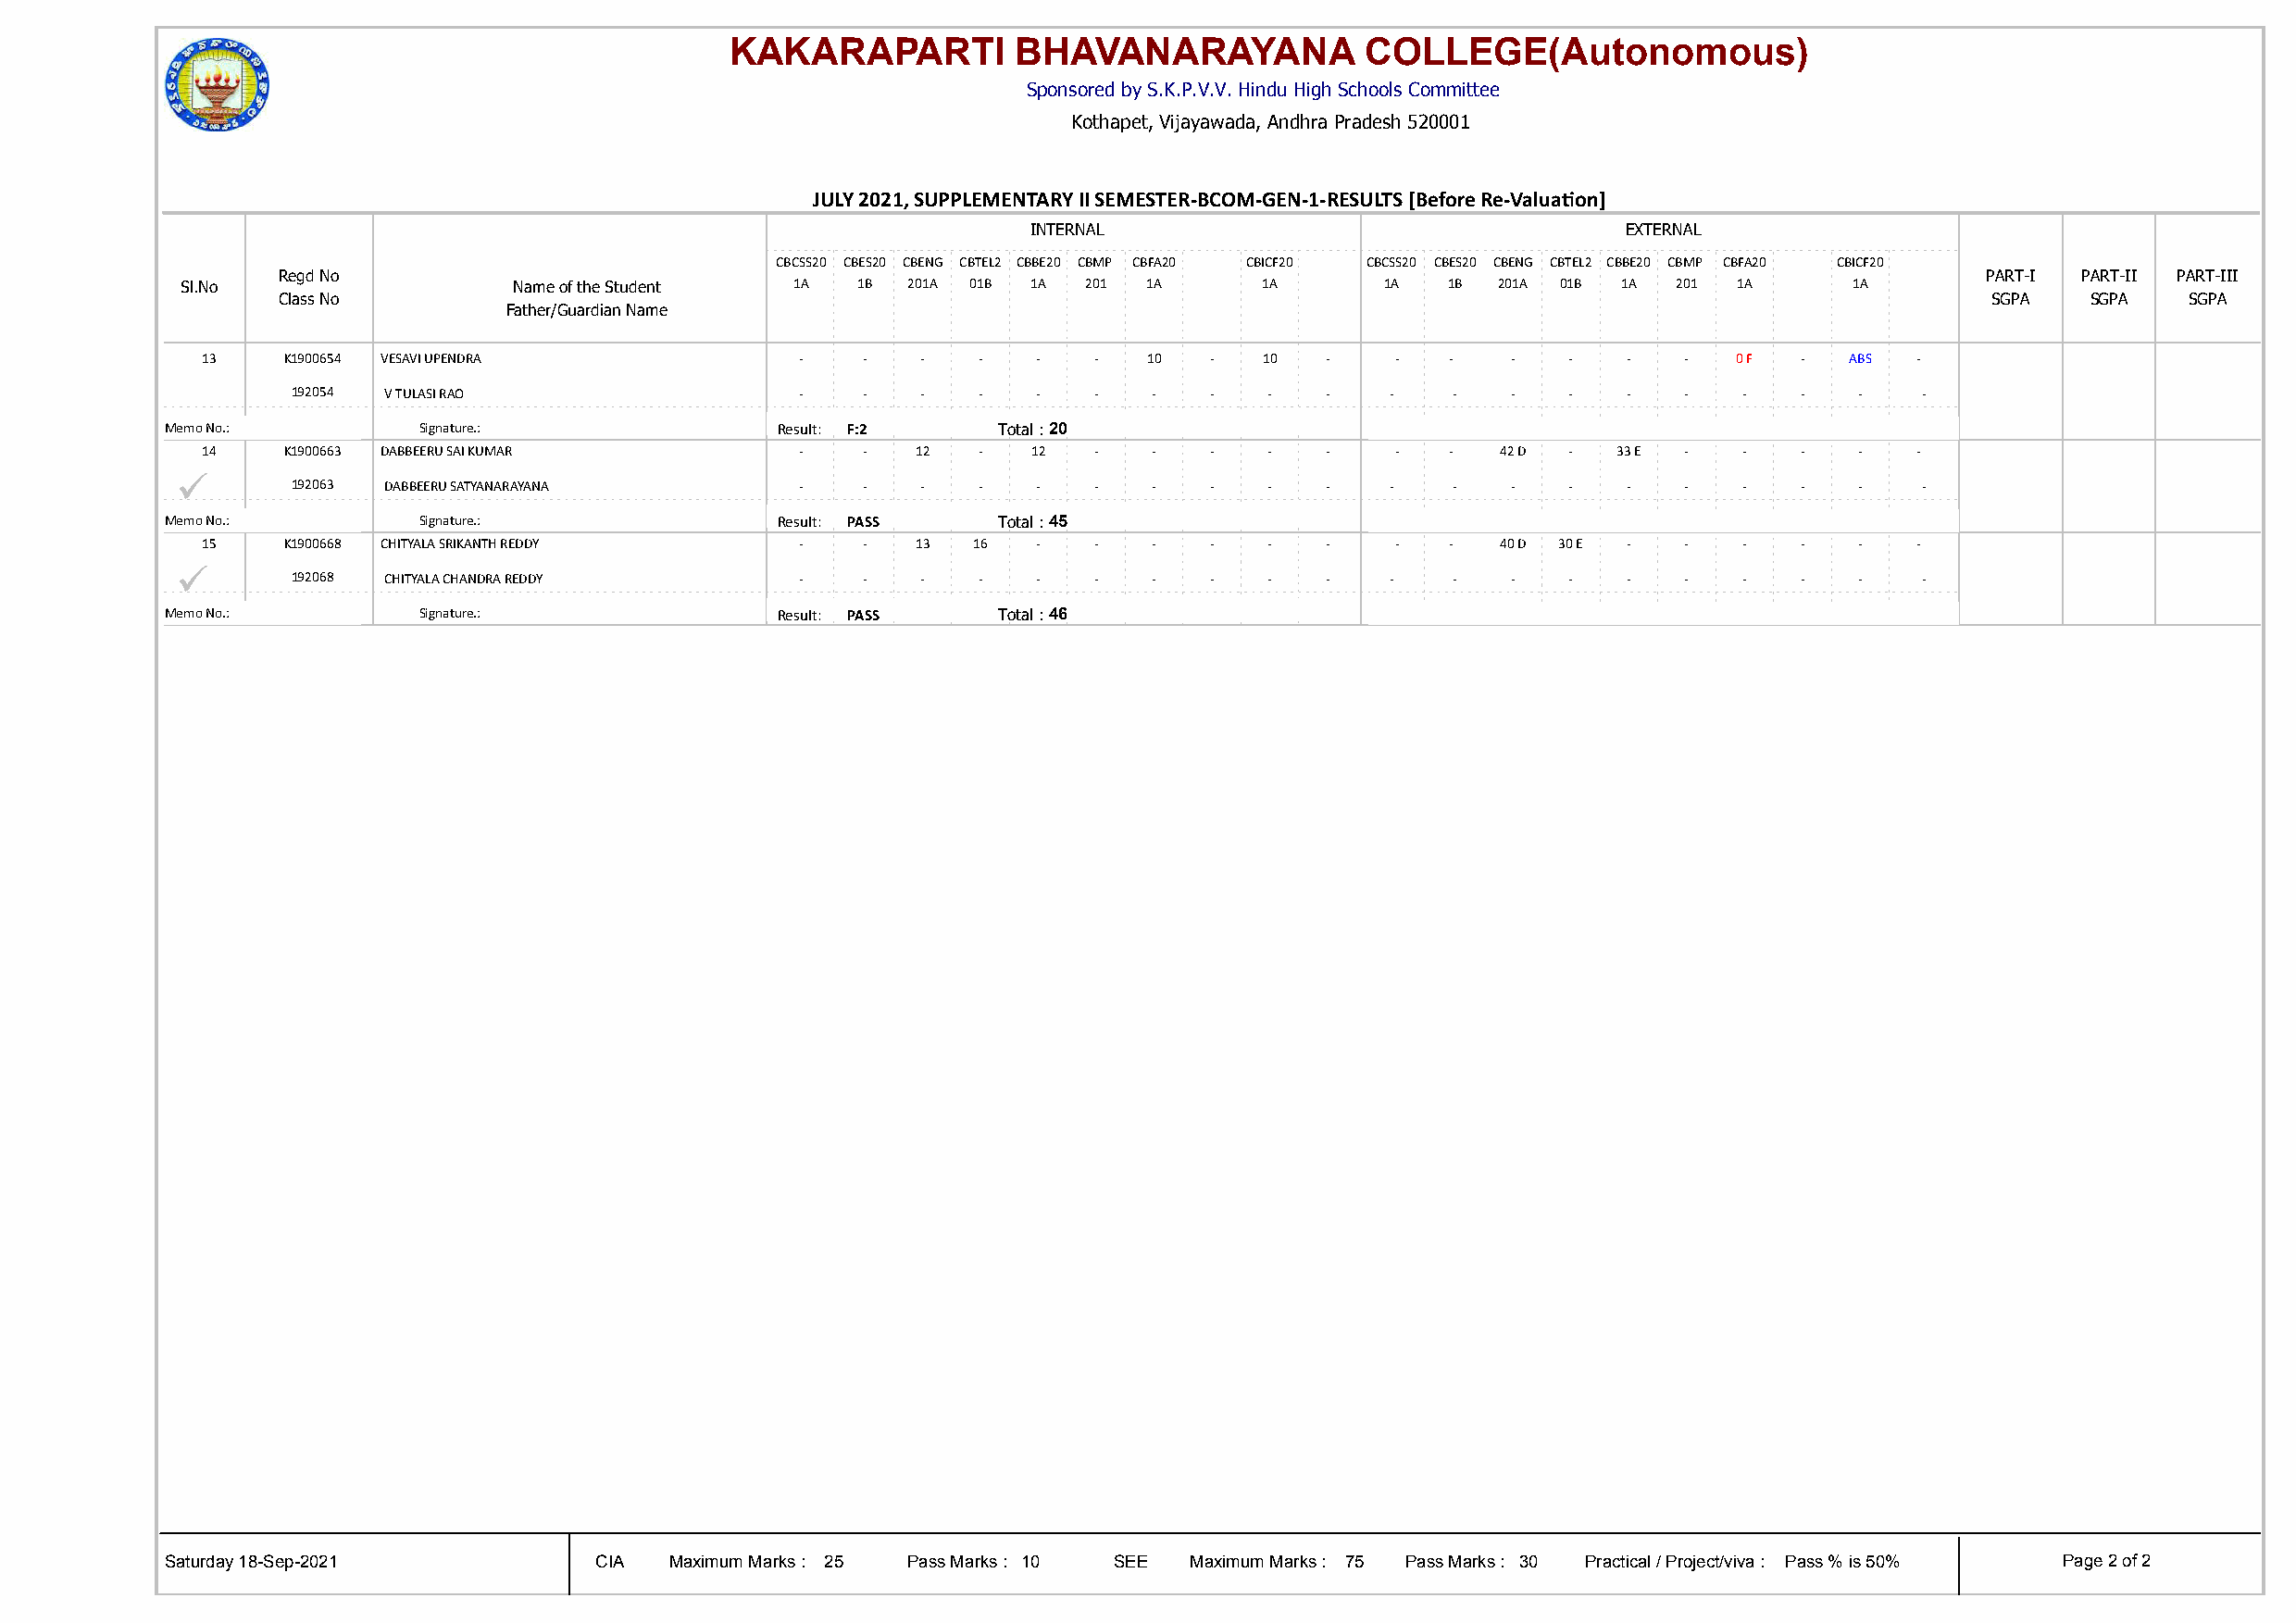
KAKARAPARTI          BHAVANARAYANA            COLLEGE(Autonomous)
 Sponsored by S.K.P.V.V. Hindu High Schools Committee
 Kothapet, Vijayawada, Andhra Pradesh 520001
 JULY 2021, SUPPLEMENTARY II SEMESTER-BCOM-GEN-1-RESULTS [Before Re-Valuaton]
 INTERNAL                                  EXTERNAL
 CBCSS20 CBES20 CBENG CBTEL2 CBBE20 CBMP CBFA20 CBICF20 CBCSS20 CBES20 CBENG CBTEL2 CBBE20 CBMP CBFA20 CBICF20
 Regd No                                                                                                                   PART-I PART-II PART-III
 Sl.No                   Name of the Student 1A  1B  201A 01B 1A  201 1A      1A       1A  1B  201A 01B 1A  201 1A      1A
 Class No                                                                                                                  SGPA   SGPA   SGPA
 Father/Guardian Name
 13    K1900654 VESAVI UPENDRA              -    -   -   -   -   -   10  -   10   -    -   -   -   -   -   -   0 F  -  ABS  -
 192054 V TULASI RAO                 -    -   -   -   -   -   -   -    -   -   -    -   -   -   -   -    -   -   -   -
 Memo No.:         Signature.:               Result: F:2    Total : 20
 14    K1900663 DABBEERU SAI KUMAR          -    -  12   -   12  -   -   -    -   -    -   -  42 D -   33 E -   -   -   -   -
 ü
 192063 DABBEERU SATYANARAYANA       -    -   -   -   -   -   -   -    -   -   -    -   -   -   -   -    -   -   -   -
 Memo No.:         Signature.:               Result: PASS   Total : 45
 15    K1900668 CHITYALA SRIKANTH REDDY     -    -  13   16  -   -   -   -    -   -    -   -  40 D 30 E -  -    -   -   -   -
 ü
 192068 CHITYALA CHANDRA REDDY       -    -   -   -   -   -   -   -    -   -   -    -   -   -   -   -    -   -   -   -
 Memo No.:         Signature.:               Result: PASS   Total : 46
 Saturday 18-Sep-2021           CIA  Maximum Marks : 25 Pass Marks : 10 SEE Maximum Marks : 75 Pass Marks : 30 Practical / Project/viva : Pass % is 50% Page 2 of 2